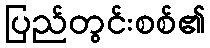
ပြည်တွင်းစစ်၏